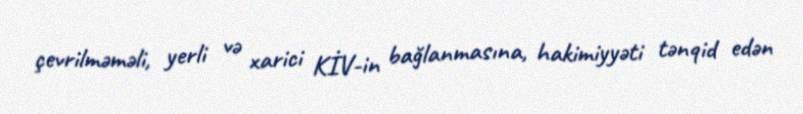
çevrilməməli, yerli və xarici KİV-in bağlanmasına, hakimiyyəti tənqid edən